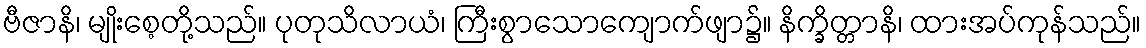
ဗီဇာနိ၊ မျိုးစေ့တို့သည်။ ပုတုသိလာယံ၊ ကြီးစွာသောကျောက်ဖျာ၌။ နိက္ခိတ္တာနိ၊ ထားအပ်ကုန်သည်။